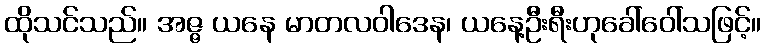
ထိုသင်သည်။ အဇ္ဇ ယနေ မာတလဝါဒေန၊ ယနေ့ဦးရီးဟုခေါ်ဝေါ်သဖြင့်။